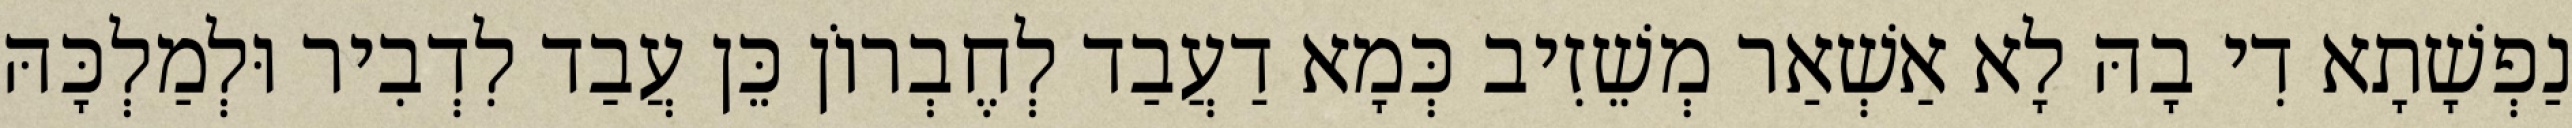
נַפְשָׁתָא דִי בָהּ לָא אַשְׁאַר מְשֵׁזִיב כְּמָא דַעֲבַד לְחֶבְרוֹן כֵּן עֲבַד לִדְבִיר וּלְמַלְכָּהּ